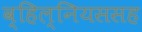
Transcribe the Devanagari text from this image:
व्हिल्नियससह